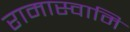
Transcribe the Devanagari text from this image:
रामास्वामि